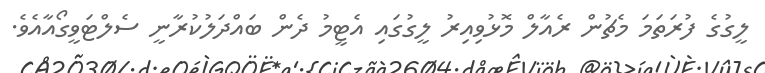
ލީގުގެ ފުރަތަމަ މެޗުން ރެއާލް މޮޅުވިއިރު ލީގުގައި އެޓީމު ދެން ބައްދަލުކުރާނީ ސެލްޓަވީގޯއާއެވެ.